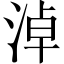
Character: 淖